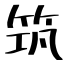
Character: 筑